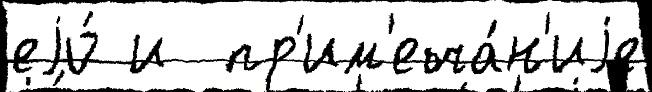
еjо́ и  пр'им'еча́н'иjе